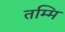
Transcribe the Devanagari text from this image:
तम्मि